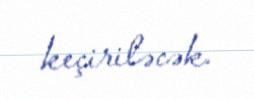
keçiriləcək.